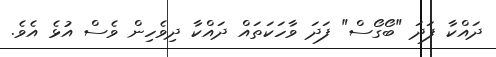
ދައްކާ ފަދަ "ބޯގޯސް" ފަދަ ވާހަކަތައް ދައްކާ ދިވެހިން ވެސް އުޅެ އެވެ.